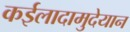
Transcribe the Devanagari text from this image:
कईलादामुदेयान